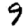
Digit: 9